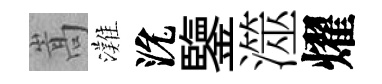
嵩灘沇鑒澨燿